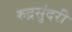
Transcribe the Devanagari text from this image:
रुद्रसुंदरी